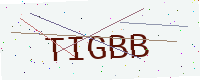
Text: TIGBB